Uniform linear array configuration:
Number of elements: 24
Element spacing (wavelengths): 0.5
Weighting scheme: blackman
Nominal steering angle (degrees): -60
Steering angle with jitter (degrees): -58.86
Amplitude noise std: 0.05
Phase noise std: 0.05

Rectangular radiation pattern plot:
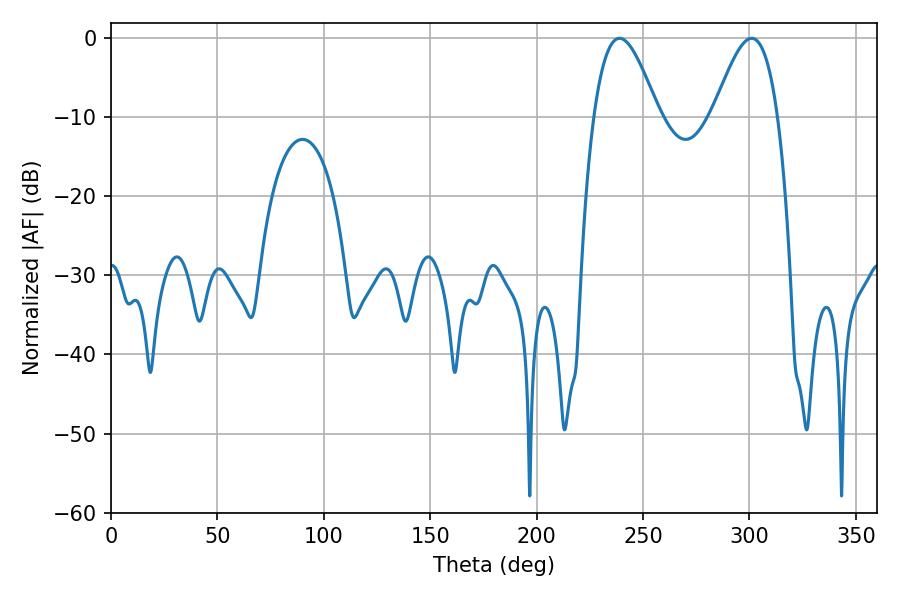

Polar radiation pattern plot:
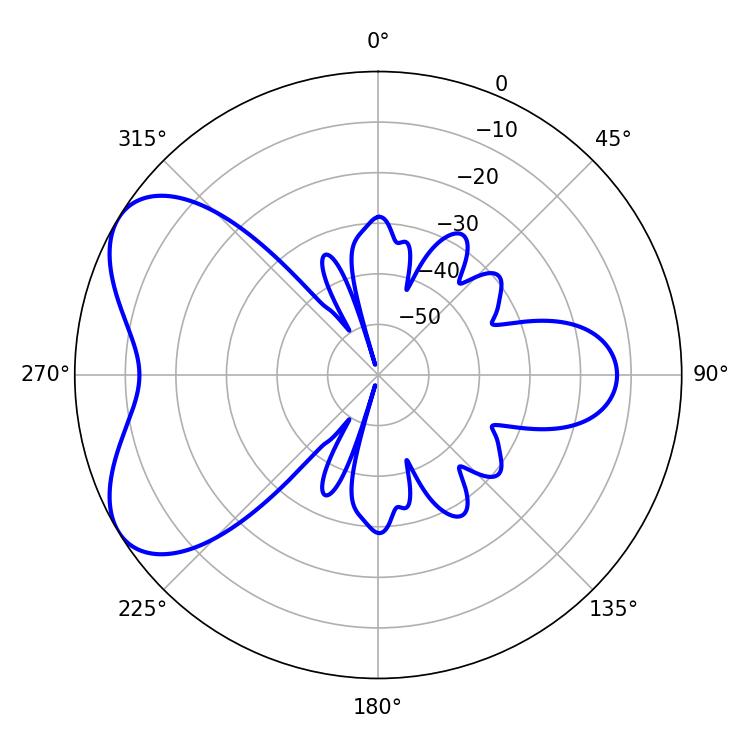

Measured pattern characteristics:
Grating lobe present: FALSE
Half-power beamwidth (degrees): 16.2
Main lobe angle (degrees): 239.04